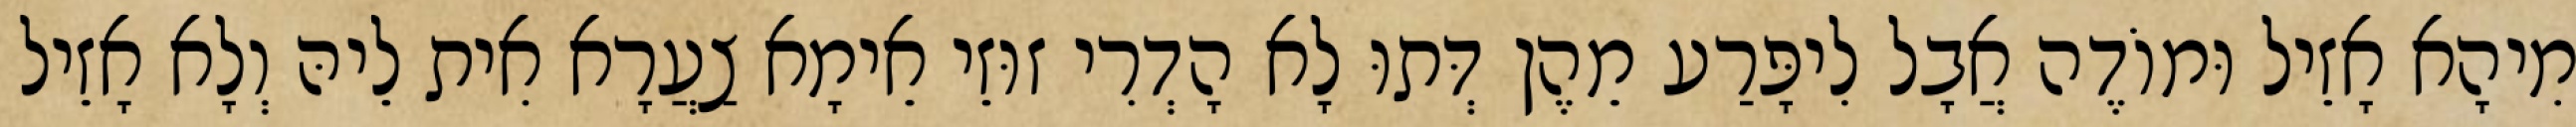
מִיהָא אָזֵיל וּמוֹדֶה אֲבָל לִיפָּרַע מֵהֶן דְּתוּ לָא הָדְרִי זוּזֵי אֵימָא צַעֲרָא אִית לֵיהּ וְלָא אָזֵיל